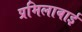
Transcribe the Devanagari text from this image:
प्रमिलाबाई